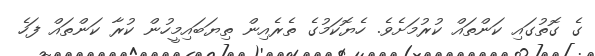
ގެ ގޮތުގައި ކަންތައް ކުރުމަށެވެ. ހެޔޮކަމުގެ ތެރެއިން ތިޔަބައިމީހުން ކުރާ ކަންތައް ފަހެ